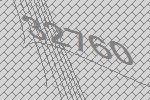
32760